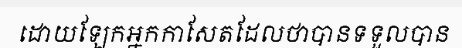
ដោយឡែកអ្នកកាសែតដែលថាបានទទួលបាន